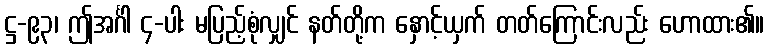
ဋ္ဌ-၉၃၊ ဤအင်္ဂါ ၄-ပါး မပြည့်စုံလျှင် နတ်တို့က နှောင့်ယှက် တတ်ကြောင်းလည်း ဟောထား၏။